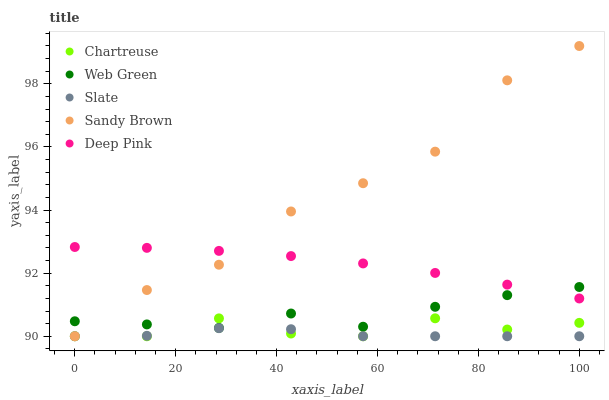
| xaxis_label | Chartreuse | Web Green | Slate | Sandy Brown | Deep Pink |
 | --- | --- | --- | --- | --- | --- |
 | 0 | 90 | 90.5 | 90 | 90 | 92.8 |
 | 14.3 | 90 | 90.4 | 90 | 91.5 | 92.8 |
 | 28.6 | 90.6 | 90.3 | 90.3 | 92.3 | 92.7 |
 | 42.9 | 90.1 | 90.7 | 90.2 | 94 | 92.5 |
 | 57.1 | 90 | 90.3 | 90 | 94.8 | 92.3 |
 | 71.4 | 90.6 | 90.9 | 90 | 95.8 | 92 |
 | 85.7 | 90.2 | 91.3 | 90 | 98.1 | 91.6 |
 | 100 | 90.4 | 91.6 | 90 | 99.2 | 91.2 |